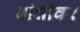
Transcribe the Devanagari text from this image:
बांधांवर